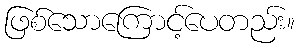
ဖြစ်သောကြောင့်ပေတည်း။